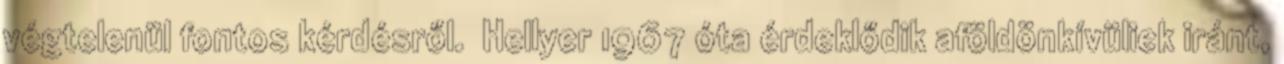
végtelenül fontos kérdésről.″ Hellyer 1967 óta érdeklődik aföldönkívüliek iránt,